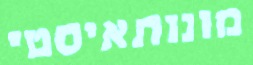
מונותאיסטי